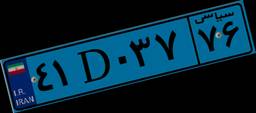
۷۴D۹۱۴۳۰